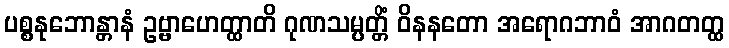
ပစ္စနုဘောန္တာနံ ဥဗ္ဗာဟေတ္ထာတိ ဂုဏသမ္ပတ္တိံ ဝိနနတော အရောဂဘာဝံ အာဂတတ္ထ